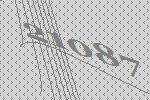
21087